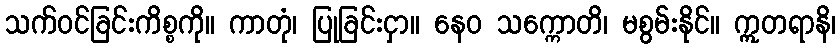
သက်ဝင်ခြင်းကိစ္စကို။ ကာတုံ၊ ပြုခြင်းငှာ။ နေဝ သက္ကောတိ၊ မစွမ်းနိုင်။ ဣတရာနိ၊